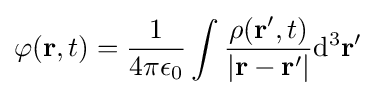
\varphi (\mathbf {r} ,t)={\dfrac {1}{4\pi \epsilon _{0}}}\int {\dfrac {\rho (\mathbf {r} ',t)}{|\mathbf {r} -\mathbf {r} '|}}\mathrm {d} ^{3}\mathbf {r} '